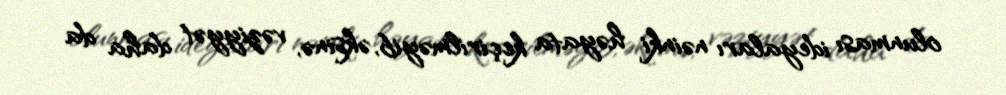
olunması ideyaları nəinki həyata keçirilməyib, əksinə, vəziyyət daha da